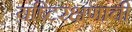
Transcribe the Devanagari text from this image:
यष्टिरक्षणाची